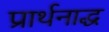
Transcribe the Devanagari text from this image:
प्रार्थनाद्ध